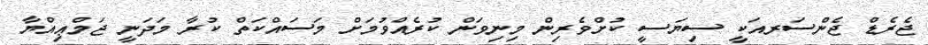
ޖެރެޑް ޖެންސަރއަކީ ސިޔަސީ ކުށްވެރިން މިނިވަން ކުރެއްވުމަށް މަސައްކަތް ކުރާ މަދަނީ ޖަމްޢިއްޔާ